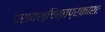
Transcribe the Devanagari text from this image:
प्रायश्चित्तप्रकाशः